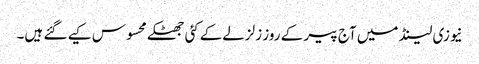
نیوزی لینڈ میں آج پیر کے روز زلزلےکےکئی جھٹکے محسوس کیے گئے ہیں۔